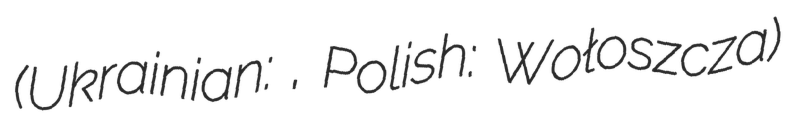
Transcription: (Ukrainian: Волоща, Polish: Wołoszcza)